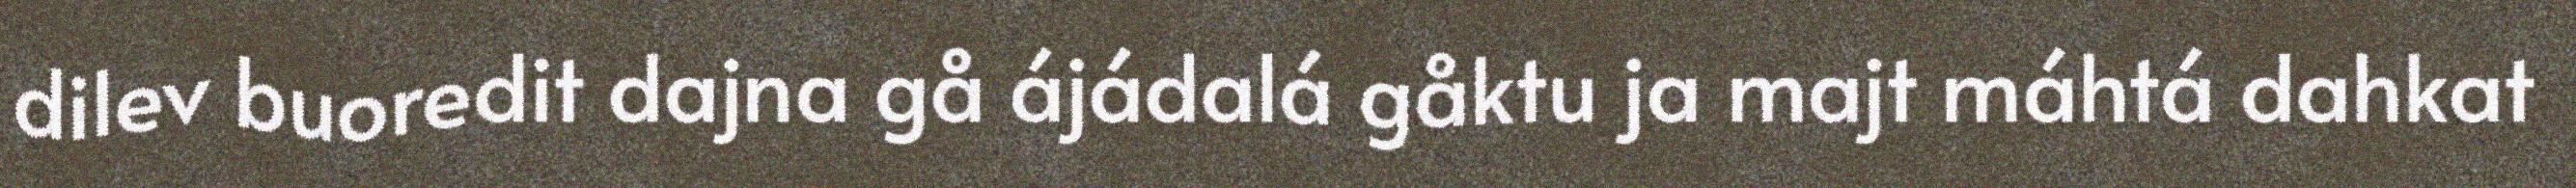
dilev buoredit dajna gå ájádalá gåktu ja majt máhtá dahkat